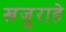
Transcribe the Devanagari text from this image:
खजुराहे